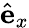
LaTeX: \hat{\mathbf{e}}_{x}